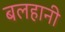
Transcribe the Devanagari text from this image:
बलहानी